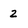
Character: 2